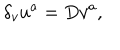
\delta _ { v } u ^ { a } = D v ^ { a } ,